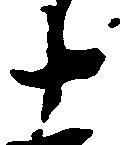
十